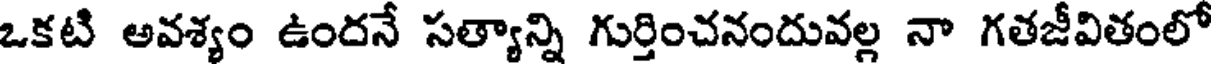
ఒకటి అవశ్యం ఉందనే సత్యాన్ని గుర్తించనందువల్ల నా గతజీవితంలో